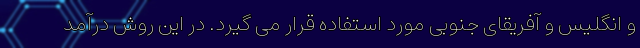
و انگلیس و آفریقای جنوبی مورد استفاده قرار می گیرد. در این روش درآمد